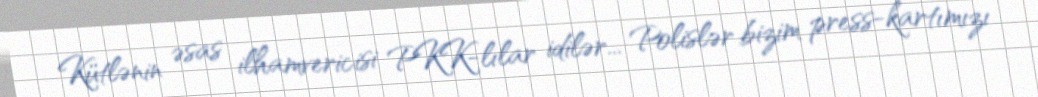
Kütlənin əsas ilhamvericisi PKK-lılar idilər... Polislər bizim press-kartımızı